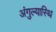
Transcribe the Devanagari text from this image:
अंगुल्यास्थि